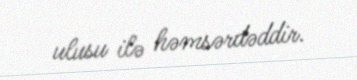
ulusu ilə həmsərdəddir.